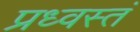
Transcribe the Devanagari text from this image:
प्रध्वस्तं